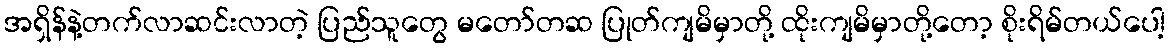
အရှိန်နဲ့တက်လာဆင်းလာတဲ့ ပြည်သူတွေ မတော်တဆ ပြုတ်ကျမိမှာတို့ ထိုးကျမိမှာတို့တော့ စိုးရိမ်တယ်ပေါ့